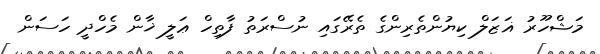
މަޝްހޫރު ޣަޒަލް ކިޔުންތެރިންގެ ތެރޭގައި ނުސްރަތު ފާތިހް ޢަލީ ޚާން މެހްދީ ހަސަން